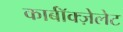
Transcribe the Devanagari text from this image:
कार्बॉक्ज़ेलेट